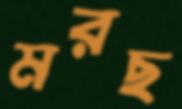
মরছ